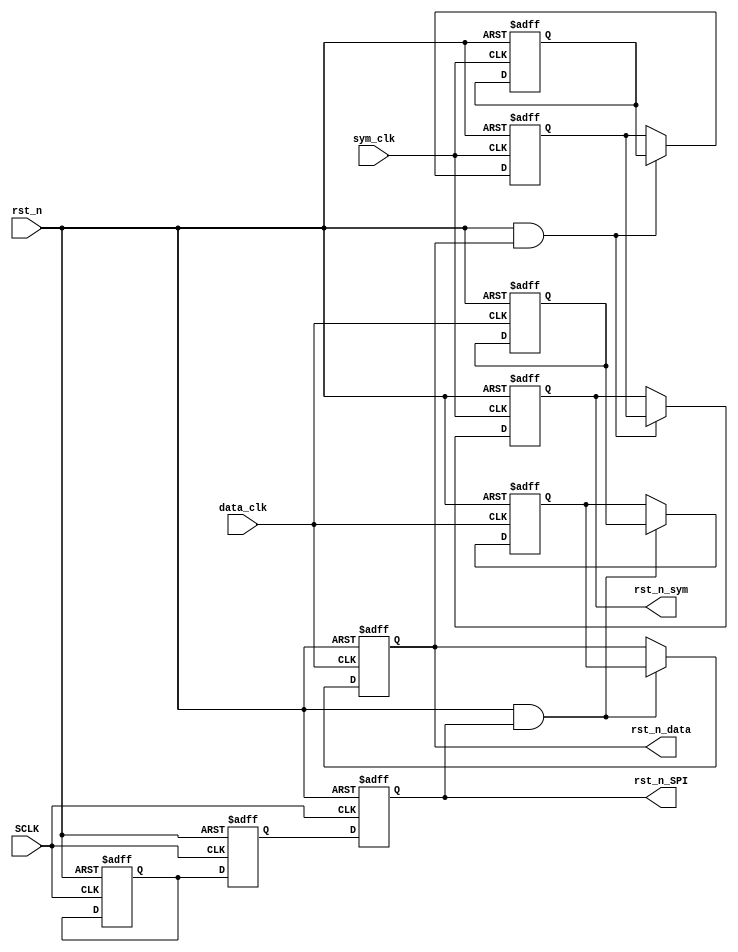
`timescale 1ns / 1ps

////////////////////////////////////////////////////////////////////////////
//
// Munya Kaudani
// 64-QAM Modulator Reset Synchronization module
//
////////////////////////////////////////////////////////////////////////////

module reset_synchronization(
			     input wire SCLK,
			     input wire data_clk,
			     input wire sym_clk,
			     input wire rst_n,
			     output reg rst_n_SPI,
			     output reg rst_n_sym,
			     output reg rst_n_data
			     );

   //SPI reset internal registers
   reg					SPI_data_mid;
   reg					SPI_data_in;

   //data reset internal registers
   reg					data_data_mid;
   reg					data_data_in;

   //symbol reset internal registers
   reg					sym_data_mid;
   reg					sym_data_in;
   
   
   //SPI reset synchronization
   always @(posedge SCLK or negedge rst_n)
     begin
	if(rst_n == 1'b0)begin
	   rst_n_SPI <= 1'b0;
	   SPI_data_mid <= 1'b0;
	   SPI_data_in <= 1'b1;
	end else begin
	   rst_n_SPI <= SPI_data_mid;
	   SPI_data_mid <= SPI_data_in;
	end
     end // always @ (posedge SCLK or negedge rst_n)

   //data reset synchronization
   always @(posedge data_clk or negedge rst_n)
      begin
	 if(rst_n == 1'b0)begin
	    rst_n_data <= 1'b0;
	    data_data_mid <= 1'b0;
	    data_data_in <= 1'b1;
	 end else if((rst_n == 1'b1) & (rst_n_SPI == 1'b1))begin
	    rst_n_data <= data_data_mid;
	    data_data_mid <= data_data_in;
	 end
      end // always @ (posedge data_clk or negedge rst_n)

   //symbol reset synchronization
   always @(posedge sym_clk or negedge rst_n)
     begin
	if(rst_n == 1'b0)begin
	   rst_n_sym <= 1'b0;
	   sym_data_mid <= 1'b0;
	   sym_data_in <= 1'b1;
	end else if((rst_n == 1'b1) & (rst_n_data))begin
	   rst_n_sym <= sym_data_mid;
	   sym_data_mid <= sym_data_in;
	end
     end // always @ (posedge sym_clk or negedge rst_n)

endmodule // reset_synchronization